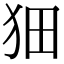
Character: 𤝗